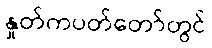
နှုတ်ကပတ်တော်တွင်